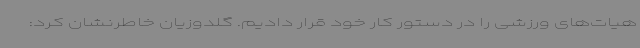
هیات‌های ورزشی را در دستور کار خود قرار دادیم. گلدوزیان خاطرنشان کرد: